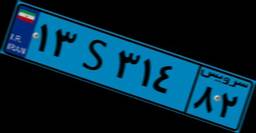
۱۳S۳۱۴۸۲